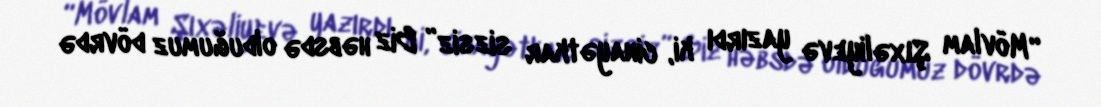
“Mövlam Şıxəliyevə yazırdı ki, cinayətkar sizsiz” Biz həbsdə olduğumuz dövrdə